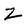
Character: Z